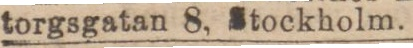
torgsgatan 8, Stockholm.